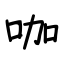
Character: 咖